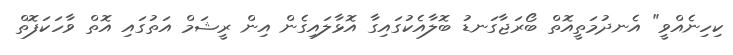
ކިހިނެއްވީ" އެނދުމަތީއޮތް ބޯރަޖާގަނޑު ބޮލާއެކުގައިގާ އޮޅާލައިގެން އިން ރީޝަމް އަތުގައި އޮތް ވާހަކަފޮތް